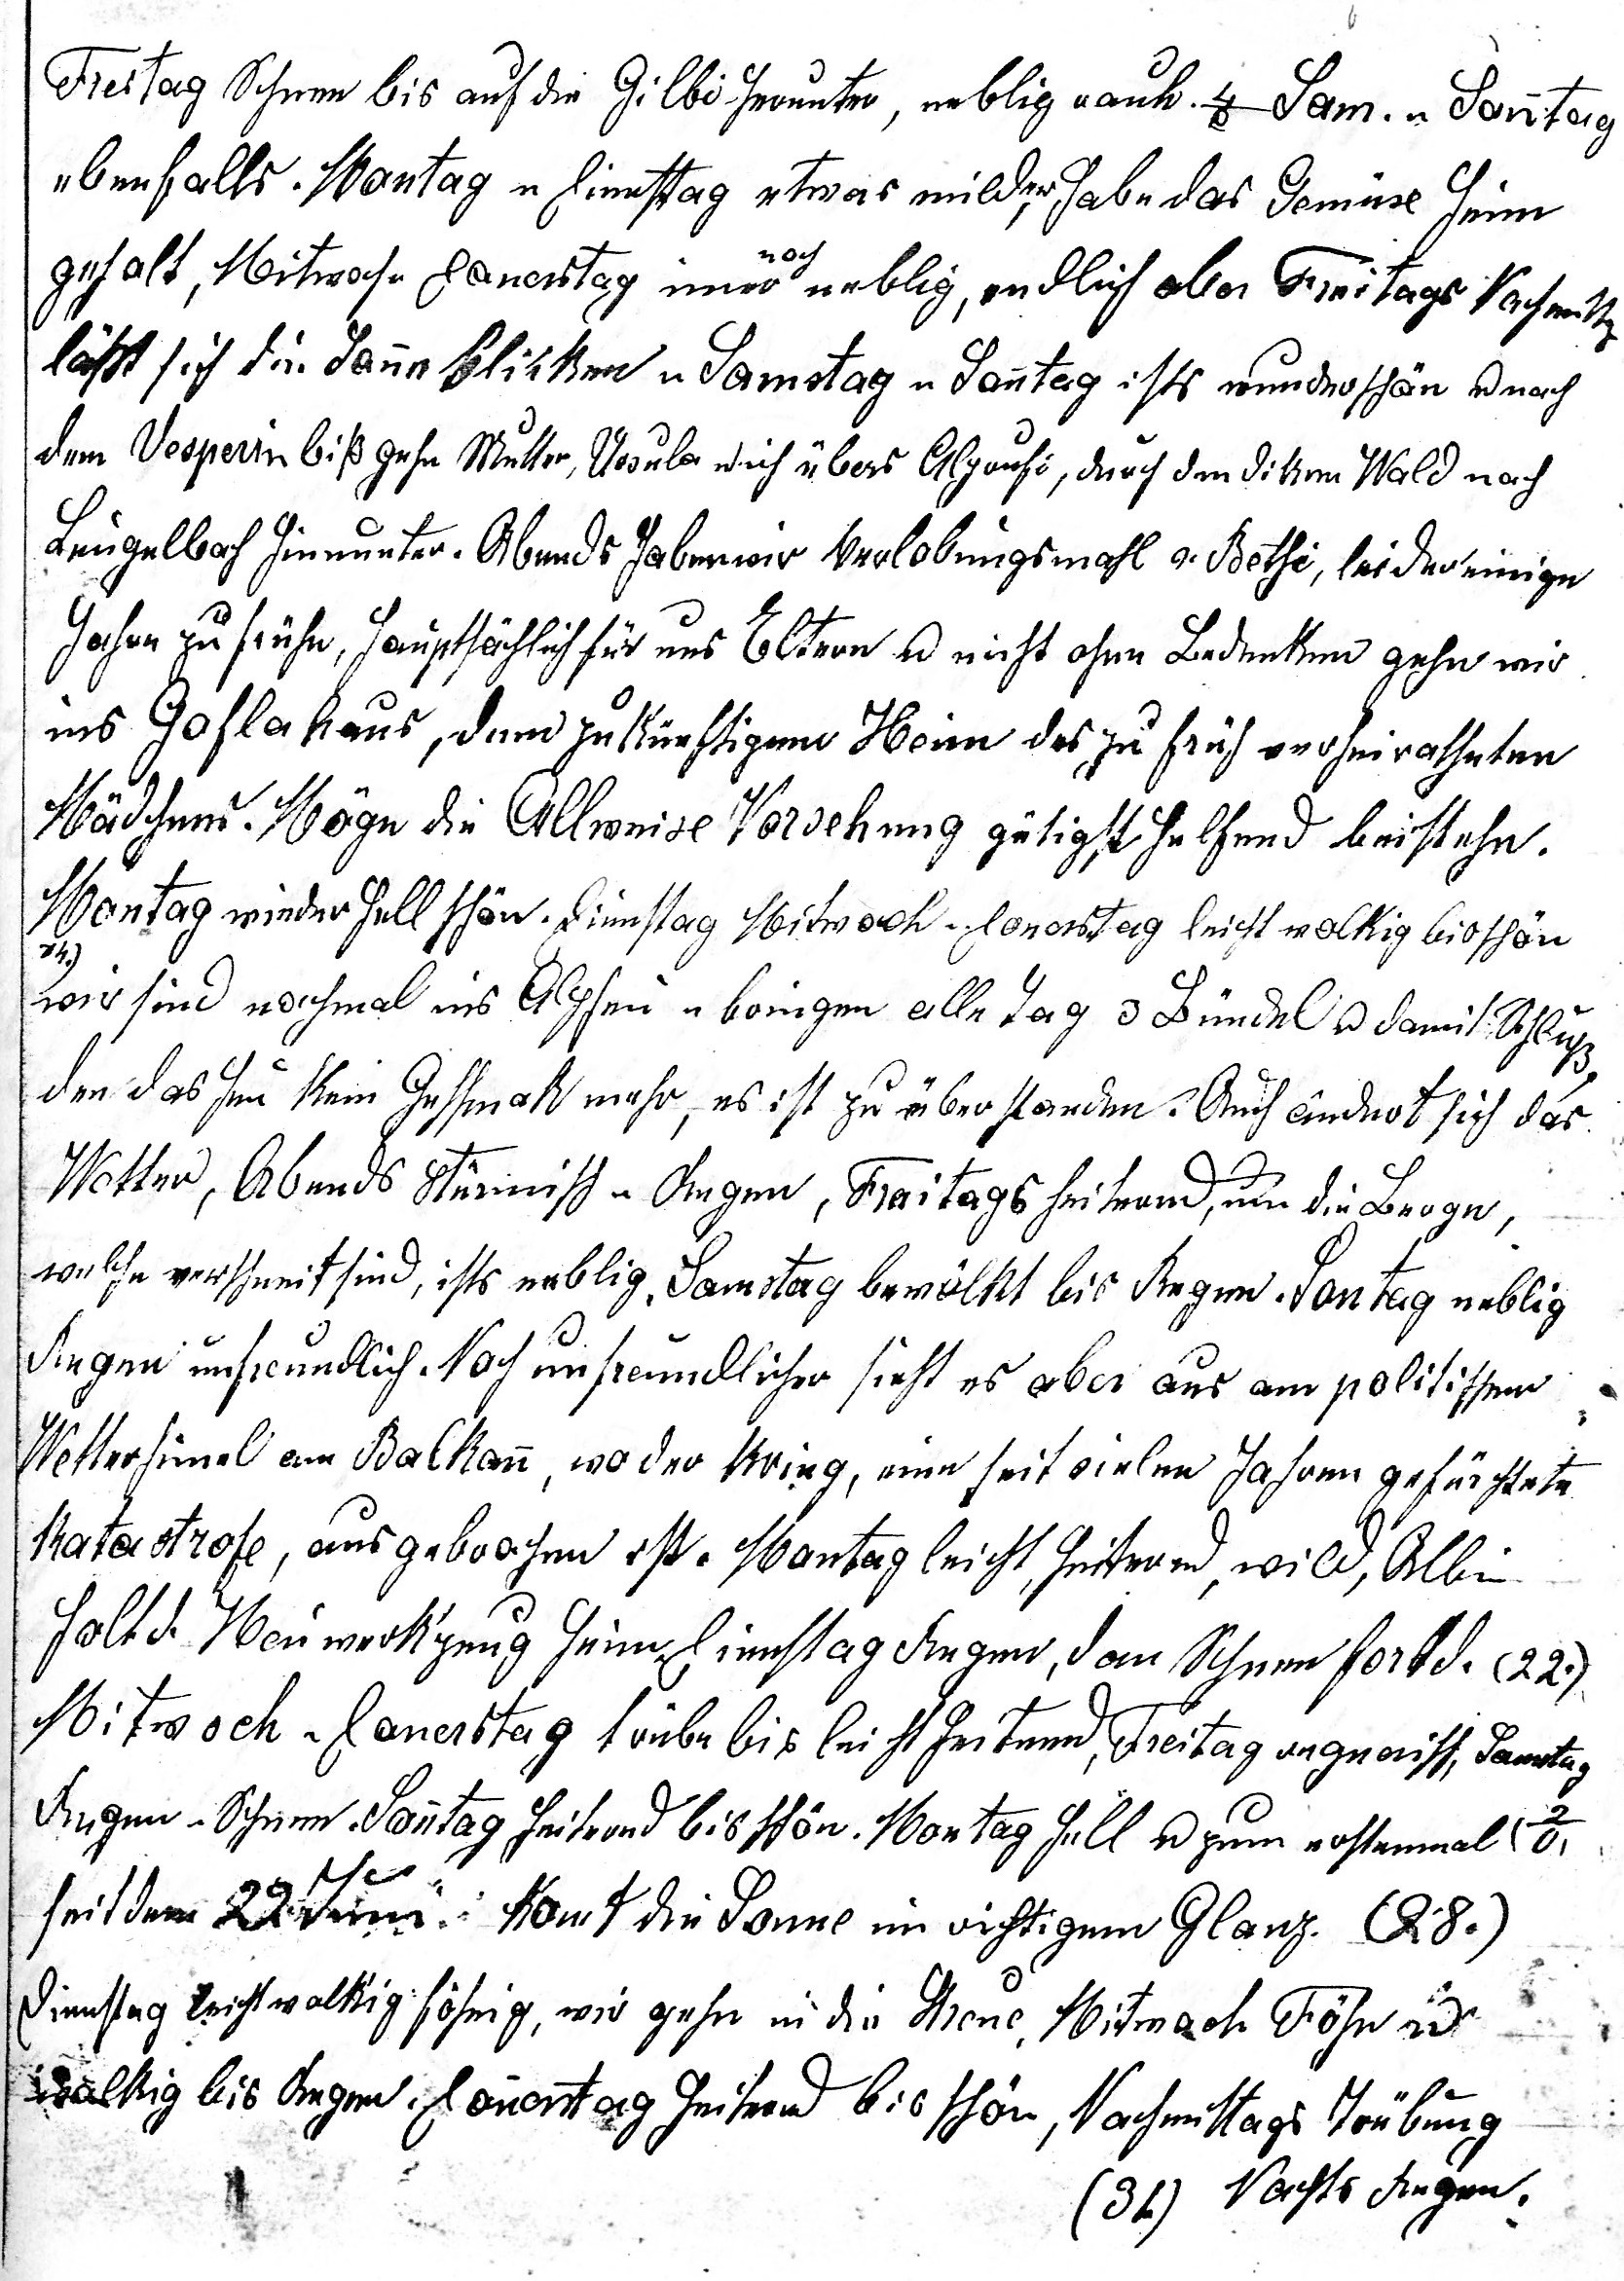
Freitag Schnee bis auf die Gilbi herunter, neblig rauh 4o, Sam u Sonntag
ebenfalls Montag u Dienstag etwas milder, habe das Gemüse heim

geholt, Mitwoch u Donerstag immer noch neblig, endlich aber Freitags Nachmittag
lässt sich die Sonne blicken u Samstag u Sontag ists wunderschön u nach
dem Vesperimbiss gehen Mutter, Ursula u ich über Alprufi, darauf den diken Wald nach
Leugelbach hinunter. Abends haben wir Verlobungsmahl v. Bethi, leider einige
Jahre zu früh, hauptsächlich für uns Eltern u nicht ohne Bedenken gehn wir
ins Guflahaus, dem zukünftigen Heim des zu früh verheiratheten
Mädchens. Möge die Allweise Vorsehung gütigst helfend beistehn.
Montag wieder hell schön. Dienstag Mitwoch u Donerstag leicht wolkig bis schön
14
wir sind nochmal ins Alpheu u bringen alle Tag 3 Bündel u damit Schluss,
den das Heu kein Geschmack mehr, es ist zu überstanden. Auch ändert sich das
Wetter, Abends stürmisch u Regen, Freitags heiternd, um die Berge,
welche verschneit sind, ists neblig. Samstag bewölkt bis Regen. Sontag neblig
Regen unfreundlich. Noch unfreundlicher sieht es aber aus am politischen
Wetterhimel am Balkan, wo derKrieg eine seit vielen Jahren gefürchtete
Katastrofe, ausgebrochen ist. Montag leicht heiternd, wild, Albin
holt d. Heuwerkzeug heim. Dienstag Regen, dan Schnee fortd. (22.)
Mitwoch u Doners¬tag trübe bis leicht heiternd, Freitag regnerisch, Samstag
2o
Regen u Schnee. Sonntag heiternd bis schön. Montag hell u zum erstenmal
seit dem 22. Juni komt die Sonne im richtigen Glanz (28.)
Dienstag leicht wolkig föhnig, wir gehn in die Streue. Mitwoch Föhn
u wolkig bis Regen. Donerstag heiternd bis schön, Nachmittags Trübung

(31.) Nachts Regen..